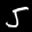
Label: 5